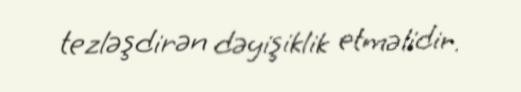
tezləşdirən dəyişiklik etməlidir.